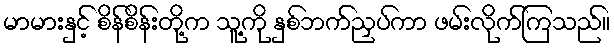
မာမားနှင့် စိန်စိန်းတို့က သူ့ကို နှစ်ဘက်ညှပ်ကာ ဖမ်းလိုက်ကြသည်။